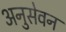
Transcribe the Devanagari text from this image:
अनुसेवन